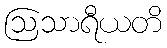
ဩသာရီယတိ